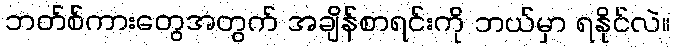
ဘတ်စ်ကားတွေအတွက် အချိန်စာရင်းကို ဘယ်မှာ ရနိုင်လဲ။